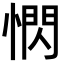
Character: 𪬖